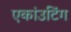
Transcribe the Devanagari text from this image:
एकांउटिंग